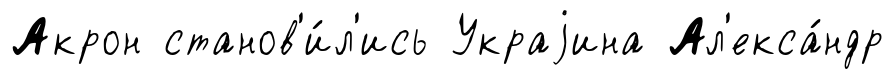
Акрон станов'и́л'ись Украjина Ал'екса́ндр